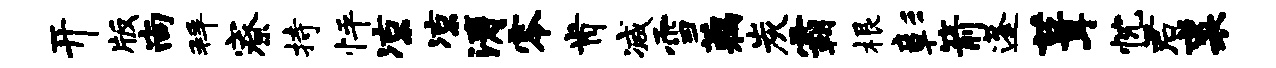
开版尚拜寮持怦凉凉涛零肯减雪藕炭霸根彰箭蓬葺忱君裘